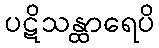
ပဋိသန္ထာရေပိ